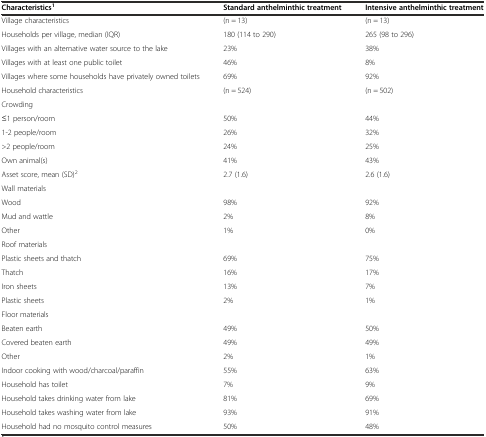
<table><thead><tr><td><b>Characteristics<sup>1</sup></b></td><td><b>Standard anthelminthic treatment</b></td><td><b>Intensive anthelminthic treatment</b></td></tr></thead><tbody><tr><td>Village characteristics</td><td>(n = 13)</td><td>(n = 13)</td></tr><tr><td>Households per village, median (IQR)</td><td>180 (114 to 290)</td><td>265 (98 to 296)</td></tr><tr><td>Villages with an alternative water source to the lake</td><td>23%</td><td>38%</td></tr><tr><td>Villages with at least one public toilet</td><td>46%</td><td>8%</td></tr><tr><td>Villages where some households have privately owned toilets</td><td>69%</td><td>92%</td></tr><tr><td>Household characteristics</td><td>(n = 524)</td><td>(n = 502)</td></tr><tr><td>Crowding</td><td></td><td></td></tr><tr><td>≤1 person/room</td><td>50%</td><td>44%</td></tr><tr><td>1-2 people/room</td><td>26%</td><td>32%</td></tr><tr><td>&gt;2 people/room</td><td>24%</td><td>25%</td></tr><tr><td>Own animal(s)</td><td>41%</td><td>43%</td></tr><tr><td>Asset score, mean (SD)<sup>2</sup></td><td>2.7 (1.6)</td><td>2.6 (1.6)</td></tr><tr><td>Wall materials</td><td></td><td></td></tr><tr><td>Wood</td><td>98%</td><td>92%</td></tr><tr><td>Mud and wattle</td><td>2%</td><td>8%</td></tr><tr><td>Other</td><td>1%</td><td>0%</td></tr><tr><td>Roof materials</td><td></td><td></td></tr><tr><td>Plastic sheets and thatch</td><td>69%</td><td>75%</td></tr><tr><td>Thatch</td><td>16%</td><td>17%</td></tr><tr><td>Iron sheets</td><td>13%</td><td>7%</td></tr><tr><td>Plastic sheets</td><td>2%</td><td>1%</td></tr><tr><td>Floor materials</td><td></td><td></td></tr><tr><td>Beaten earth</td><td>49%</td><td>50%</td></tr><tr><td>Covered beaten earth</td><td>49%</td><td>49%</td></tr><tr><td>Other</td><td>2%</td><td>1%</td></tr><tr><td>Indoor cooking with wood/charcoal/paraffin</td><td>55%</td><td>63%</td></tr><tr><td>Household has toilet</td><td>7%</td><td>9%</td></tr><tr><td>Household takes drinking water from lake</td><td>81%</td><td>69%</td></tr><tr><td>Household takes washing water from lake</td><td>93%</td><td>91%</td></tr><tr><td>Household had no mosquito control measures</td><td>50%</td><td>48%</td></tr></tbody></table>